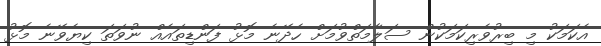
އެކަމަކު މި ބިރުވެރިކަމަކުން ސަލާމަތްވުމަށް ހެދޭނެ މޮޅު ފަންޑިތައެއް ނުވަތަ ކިޔެވޭނެ މޮޅު